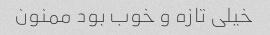
خیلی تازه و خوب بود ممنون